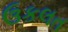
ઉકલત